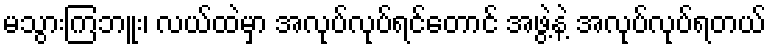
မသွားကြဘူး၊ လယ်ထဲမှာ အလုပ်လုပ်ရင်တောင် အဖွဲ့နဲ့ အလုပ်လုပ်ရတယ်